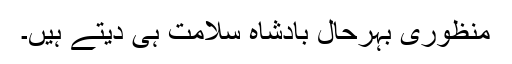
منظوری بہرحال بادشاہ سلامت ہی دیتے ہیں۔